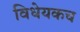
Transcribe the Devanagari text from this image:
विधेयकच